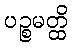
ပဉ္စမတ္ထိ